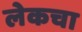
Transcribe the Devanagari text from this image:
लेकचा